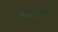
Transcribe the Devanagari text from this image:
प्रबोधनामुळे